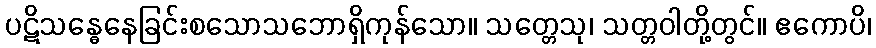
ပဋိသန္ဓေနေခြင်းစသောသဘောရှိကုန်သော။ သတ္တေသု၊ သတ္တဝါတို့တွင်။ ဧကောပိ၊